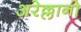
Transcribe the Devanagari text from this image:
अरेल्लानो